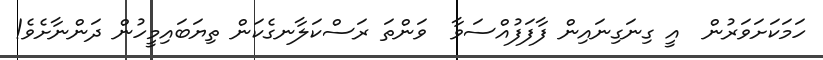
ހަމަކަށަވަރުން  އީ ގިނަގިނައިން ފާފަފުއްސަވާ  ވަންތަ ރަސްކަލާނގެކަން ތިޔަބައިމީހުން ދަންނާށެވެ!